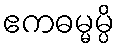
ဧကဓမ္မမ္ပိ